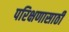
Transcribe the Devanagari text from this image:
परिक्षणासाठी